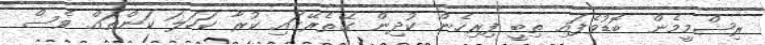
ރިޝްމީމެން ބޮޑުވެފައި ތިބީ ފިރިހެން ކުދިން ގޭތެރޭގައި ކުރާ ކަހަލަ ކަންތައް ވެސް